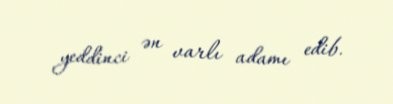
yeddinci ən varlı adamı edib.